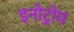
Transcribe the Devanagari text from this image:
इनोट्रोप